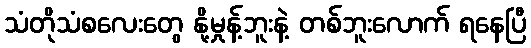
သံတိုသံစလေးတွေ နို့မှုန့်ဘူးနဲ့ တစ်ဘူးလောက် ရနေပြီ